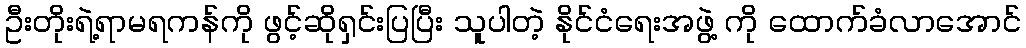
ဦးတိုးရဲ့ရာမရကန်ကို ဖွင့်ဆိုရှင်းပြပြီး သူပါတဲ့ နိုင်ငံရေးအဖွဲ့ ကို ထောက်ခံလာအောင်